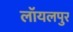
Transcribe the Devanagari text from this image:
लॉयलपुर